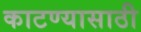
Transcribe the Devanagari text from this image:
काटण्यासाठी